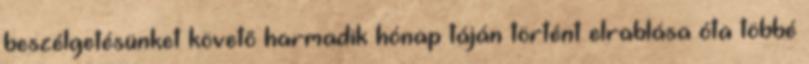
beszélgetésünket követõ harmadik hónap táján történt elrablása óta többé